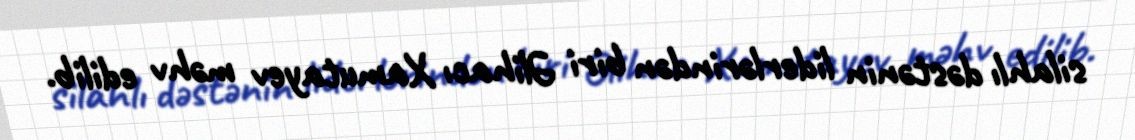
silahlı dəstənin liderlərindən biri Əlihacı Xamutayev məhv edilib.